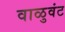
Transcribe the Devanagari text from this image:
वाळुवंट